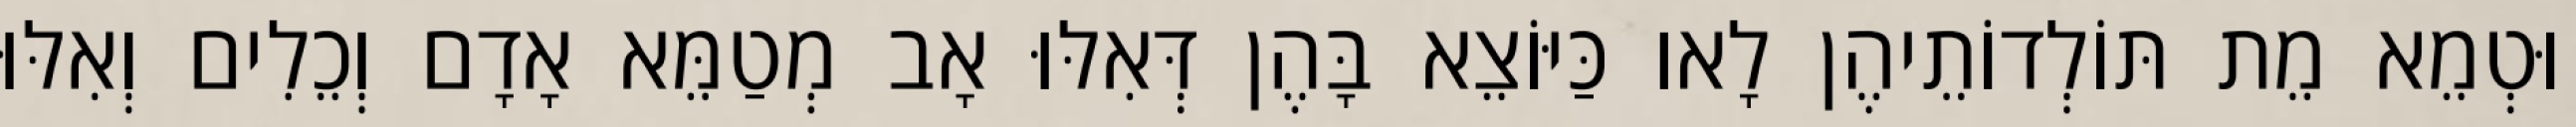
וּטְמֵא מֵת תּוֹלְדוֹתֵיהֶן לָאו כַּיּוֹצֵא בָּהֶן דְּאִלּוּ אָב מְטַמֵּא אָדָם וְכֵלִים וְאִלּוּ